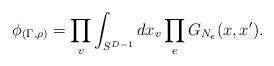
LaTeX: \begin{align*}\phi_{(\Gamma,\rho)} = \prod_v \int_{S^{D-1}} dx_v\prod_e G_{N_e} (x,x').\end{align*}